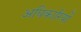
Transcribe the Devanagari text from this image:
अघिकारियों